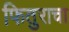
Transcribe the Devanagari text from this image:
फितुराचा